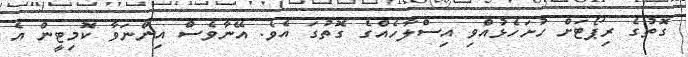
ގޮތުގެ ރިޕޯޓަށް ހުށަހެޅުއްވި އިސްލާހެއްގެ ގޮތުގަ އެވެ. އޭނާވެސް އިންނަވާ ކޮމިޓީން އެ